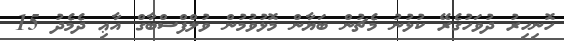
ހޮނިހިރު ދުވަހުގެރޭ ކުޅުނު މެޗުން ބަޔާން މޮޅުވުމުން ވުލްފްސްބާގް އާޢި ދެމެދު 15